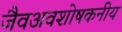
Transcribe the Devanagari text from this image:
जैवअवशोषकनीय